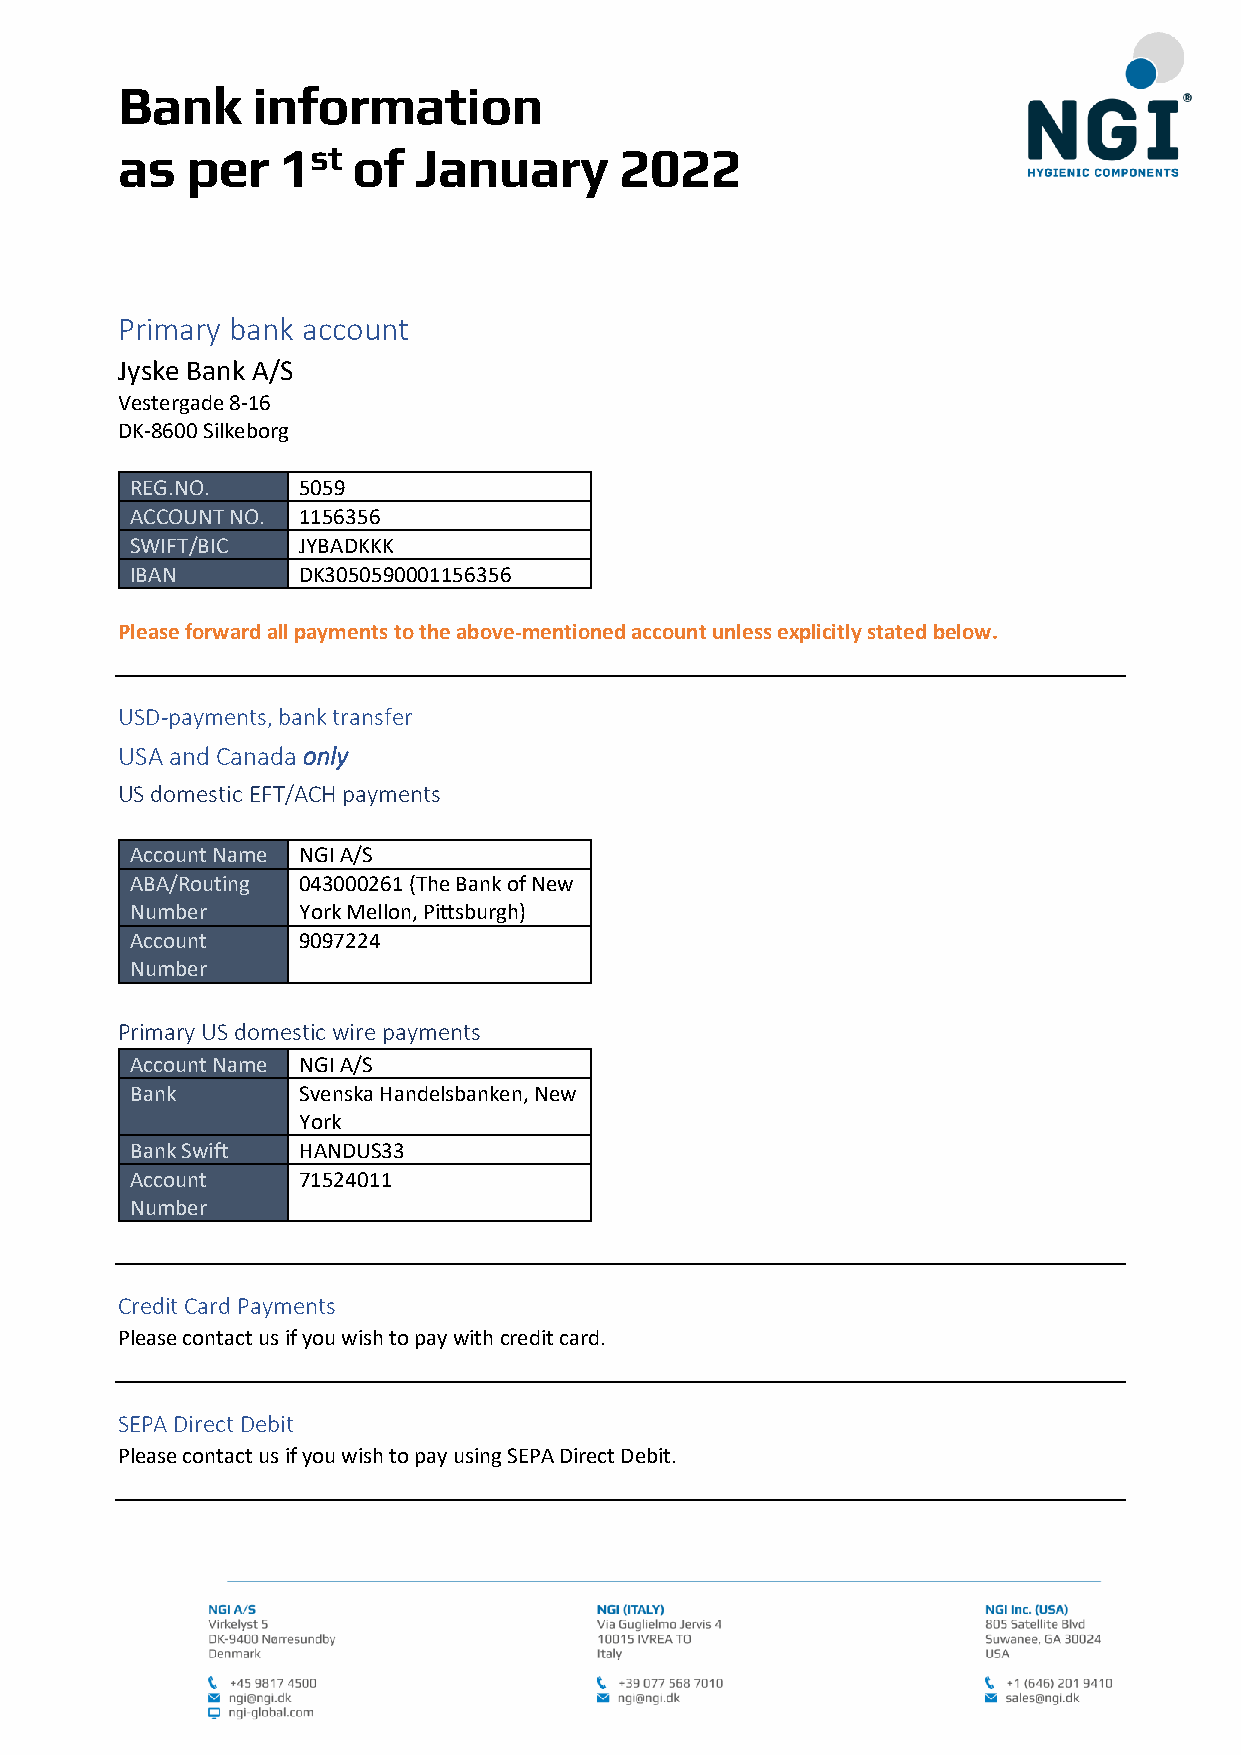
Bank     information
 as  per    1st of  January       2022
 Primary bank account
 Jyske Bank A/S
 Vestergade 8-16
 DK-8600 Silkeborg
 REG.NO.    5059
 ACCOUNT NO. 1156356
 SWIFT/BIC  JYBADKKK
 IBAN       DK3050590001156356
 Please forward all payments to the above-mentioned account unless explicitly stated below.
 USD-payments, bank transfer
 USA and Canada only
 US domestic EFT/ACH payments
 Account Name NGI A/S
 ABA/Routing 043000261 (The Bank of New
 Number     York Mellon, Pittsburgh)
 Account    9097224
 Number
 Primary US domestic wire payments
 Account Name NGI A/S
 Bank       Svenska Handelsbanken, New
 York
 Bank Swift HANDUS33
 Account    71524011
 Number
 Credit Card Payments
 Please contact us if you wish to pay with credit card.
 SEPA Direct Debit
 Please contact us if you wish to pay using SEPA Direct Debit.